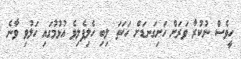
ހީވެސް ނުކުރާ ވަރަށް ހަށިގަނޑަށް ހަކަތަ ލިބި ހެލިފެލިވެ އުޅުމުގައި ހަލުވި ވާނެ